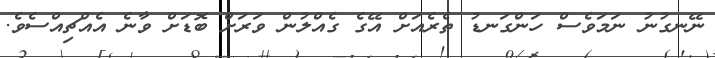
ނޭނގުނު ނަމަވެސް ހަންގަނޑު ތެރެއަށް އޭގެ ގެއްލުން ވަރަށް ބޮޑަށް ވާނެ އެއްޗިއްސެވެ.